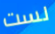
لست